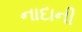
નાદાની